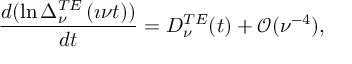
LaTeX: \frac { d ( \ln \Delta _ { \nu } ^ { T E } \left( \imath \nu t \right) ) } { d t } = D _ { \nu } ^ { T E } ( t ) + \mathcal { O } ( \nu ^ { - 4 } ) ,